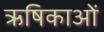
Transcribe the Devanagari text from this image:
ऋषिकाओं